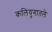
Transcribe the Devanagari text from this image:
कलियुगातले